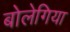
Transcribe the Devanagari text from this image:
बोलेगिया